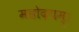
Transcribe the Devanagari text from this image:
महोदयम्।